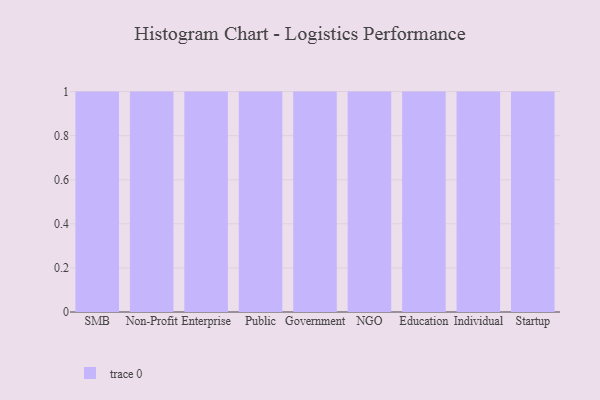
{"axis": {"x": "Segment", "y": "Gross Profit (USD K)"}, "legend": [""], "data": [{"x": "SMB", "y": 31, "type": ""}, {"x": "Non-Profit", "y": 37, "type": ""}, {"x": "Enterprise", "y": 22, "type": ""}, {"x": "Public", "y": 79, "type": ""}, {"x": "Government", "y": 39, "type": ""}, {"x": "NGO", "y": 17, "type": ""}, {"x": "Education", "y": 19, "type": ""}, {"x": "Individual", "y": 76, "type": ""}, {"x": "Startup", "y": 97, "type": ""}]}